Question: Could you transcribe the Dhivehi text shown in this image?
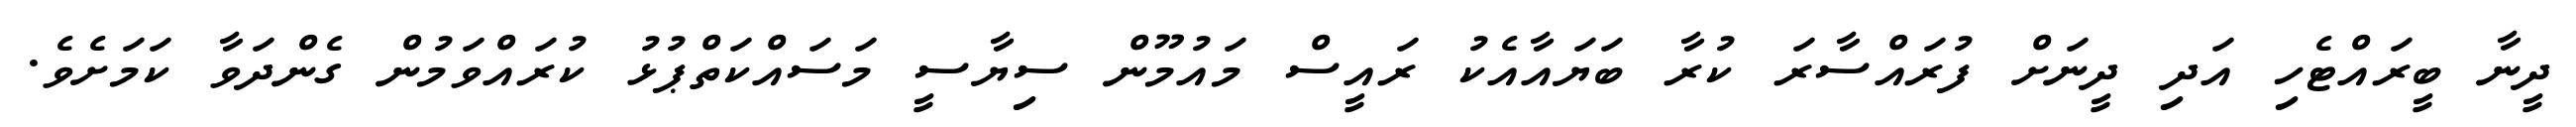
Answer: ދީނާ ބީރައްޓެހި އަދި ދީނަށް ފުރައްސާރަ ކުރާ ބަޔައާއެކު ރައީސް މައުމޫން ސިޔާސީ މަސައްކަތްޕުޅު ކުރައްވަމުން ގެންދަވާ ކަމަށެވެ.